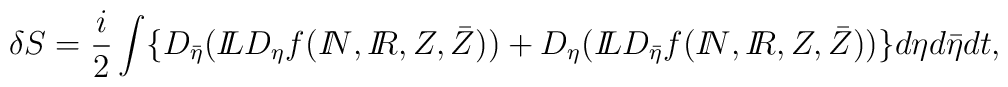
\delta S = \frac{i}{2}\int \{D_{\bar \eta}({I\!\!L} D_{\eta}f({I\!\!N},{I\!\!R}, Z, \bar Z)) +  D_{\eta}({I\!\!L} D_{\bar \eta}f({I\!\!N},{I\!\!R}, Z, \bar Z)) \}d\eta d\bar\eta dt,